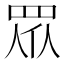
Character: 眾